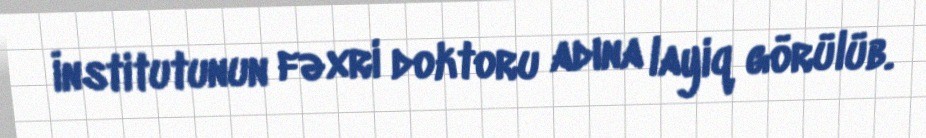
İnstitutunun fəxri doktoru adına layiq görülüb.